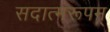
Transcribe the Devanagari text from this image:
सदात्मरूपम्